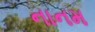
નાનમ